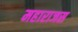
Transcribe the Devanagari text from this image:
महाराजस